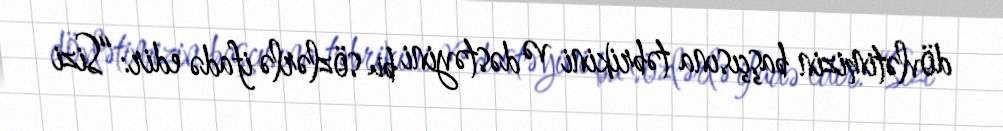
dövlətimizin başçısına təbrikini və dəstəyini bu sözlərlə ifadə edir: “Sizi